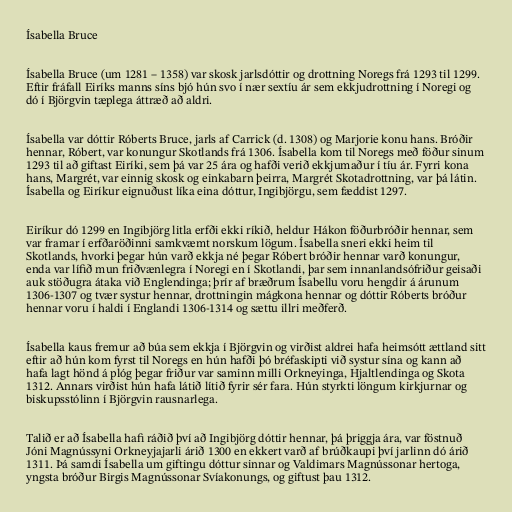
Ísabella Bruce

Ísabella Bruce (um 1281 – 1358) var skosk jarlsdóttir og drottning Noregs frá 1293 til 1299.
Eftir fráfall Eiríks manns síns bjó hún svo í nær sextíu ár sem ekkjudrottning í Noregi og
dó í Björgvin tæplega áttræð að aldri.

Ísabella var dóttir Róberts Bruce, jarls af Carrick (d. 1308) og Marjorie konu hans. Bróðir
hennar, Róbert, var konungur Skotlands frá 1306. Ísabella kom til Noregs með föður sinum
1293 til að giftast Eiríki, sem þá var 25 ára og hafði verið ekkjumaður í tíu ár. Fyrri kona
hans, Margrét, var einnig skosk og einkabarn þeirra, Margrét Skotadrottning, var þá látin.
Ísabella og Eiríkur eignuðust líka eina dóttur, Ingibjörgu, sem fæddist 1297.

Eiríkur dó 1299 en Ingibjörg litla erfði ekki ríkið, heldur Hákon föðurbróðir hennar, sem
var framar í erfðaröðinni samkvæmt norskum lögum. Ísabella sneri ekki heim til
Skotlands, hvorki þegar hún varð ekkja né þegar Róbert bróðir hennar varð konungur,
enda var lífið mun friðvænlegra í Noregi en í Skotlandi, þar sem innanlandsófriður geisaði
auk stöðugra átaka við Englendinga; þrír af bræðrum Ísabellu voru hengdir á árunum
1306-1307 og tvær systur hennar, drottningin mágkona hennar og dóttir Róberts bróður
hennar voru í haldi í Englandi 1306-1314 og sættu illri meðferð.

Ísabella kaus fremur að búa sem ekkja í Björgvin og virðist aldrei hafa heimsótt ættland sitt
eftir að hún kom fyrst til Noregs en hún hafði þó bréfaskipti við systur sína og kann að
hafa lagt hönd á plóg þegar friður var saminn milli Orkneyinga, Hjaltlendinga og Skota
1312. Annars virðist hún hafa látið lítið fyrir sér fara. Hún styrkti löngum kirkjurnar og
biskupsstólinn í Björgvin rausnarlega.

Talið er að Ísabella hafi ráðið því að Ingibjörg dóttir hennar, þá þriggja ára, var föstnuð
Jóni Magnússyni Orkneyjajarli árið 1300 en ekkert varð af brúðkaupi því jarlinn dó árið
1311. Þá samdi Ísabella um giftingu dóttur sinnar og Valdimars Magnússonar hertoga,
yngsta bróður Birgis Magnússonar Svíakonungs, og giftust þau 1312.